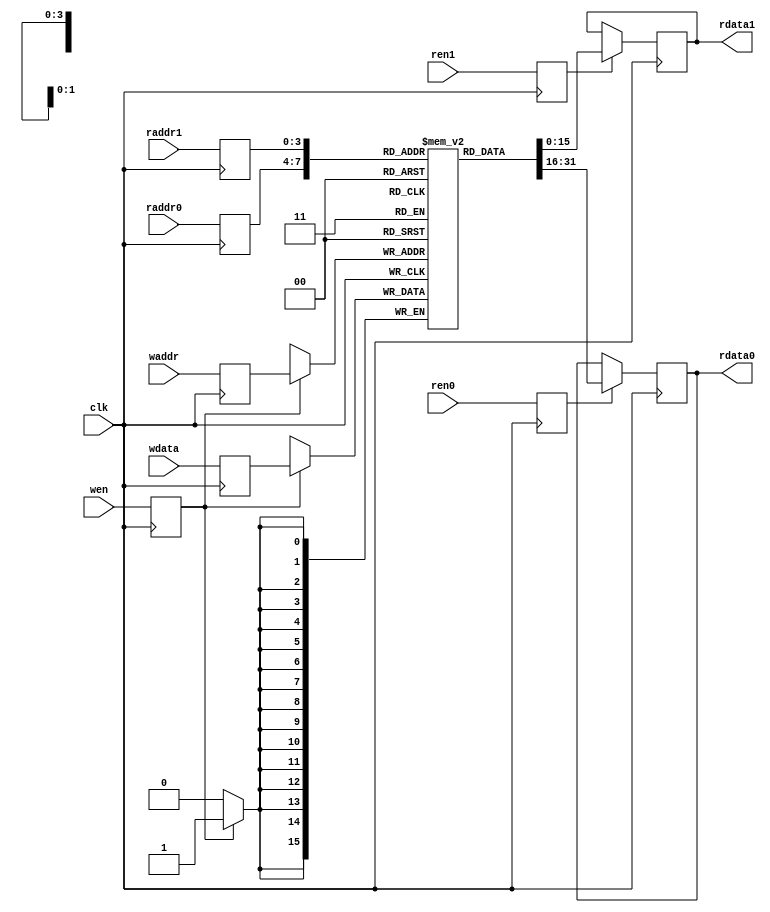
/* register file */

`timescale 1ps/1ps
module regs(input clk,
            input ren0, input [3:0]raddr0, output [15:0]rdata0,
            input ren1, input [3:0]raddr1, output [15:0]rdata1,
            input wen, input [3:0]waddr, input [15:0]wdata);
    reg [15:0]data[15:0];

    reg ren0_reg;
    reg [3:0]raddr0_reg;
    reg ren1_reg;
    reg [3:0]raddr1_reg;
    reg wen_reg;
    reg [3:0]waddr_reg;
    reg [15:0]wdata_reg;

    reg [15:0]out0 = 16'hxxxx;
    assign rdata0 = out0;
    reg [15:0]out1 = 16'hxxxx;
    assign rdata1 = out1;

    always @(posedge clk) begin
        ren0_reg <= ren0;
        raddr0_reg <= raddr0;
        ren1_reg <= ren1;
        raddr1_reg <= raddr1;
        wen_reg <= wen;
        waddr_reg <= waddr;
        wdata_reg <= wdata;

        if (ren0_reg) begin
            out0 <= data[raddr0_reg];
        end
        if (ren1_reg) begin
            out1 <= data[raddr1_reg];
        end
        if (wen_reg) begin
            $display("#reg[%d] <= 0x%x",waddr_reg,wdata_reg);
            data[waddr_reg] <= wdata_reg;
        end
    end

endmodule